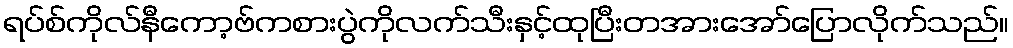
ရပ်စ်ကိုလ်နီကော့ဗ်ကစားပွဲကိုလက်သီးနှင့်ထုပြီးတအားအော်ပြောလိုက်သည်။